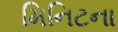
મિનિટના